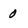
Character: 0